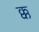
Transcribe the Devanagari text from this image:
क्क